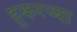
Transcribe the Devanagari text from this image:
हूकरच्या